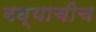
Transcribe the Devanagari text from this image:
बघ्याचीच